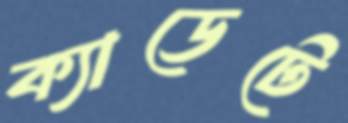
ক্যাডেটে